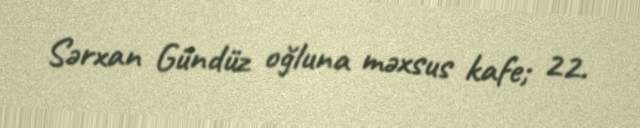
Sərxan Gündüz oğluna məxsus kafe; 22.